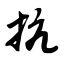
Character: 抗